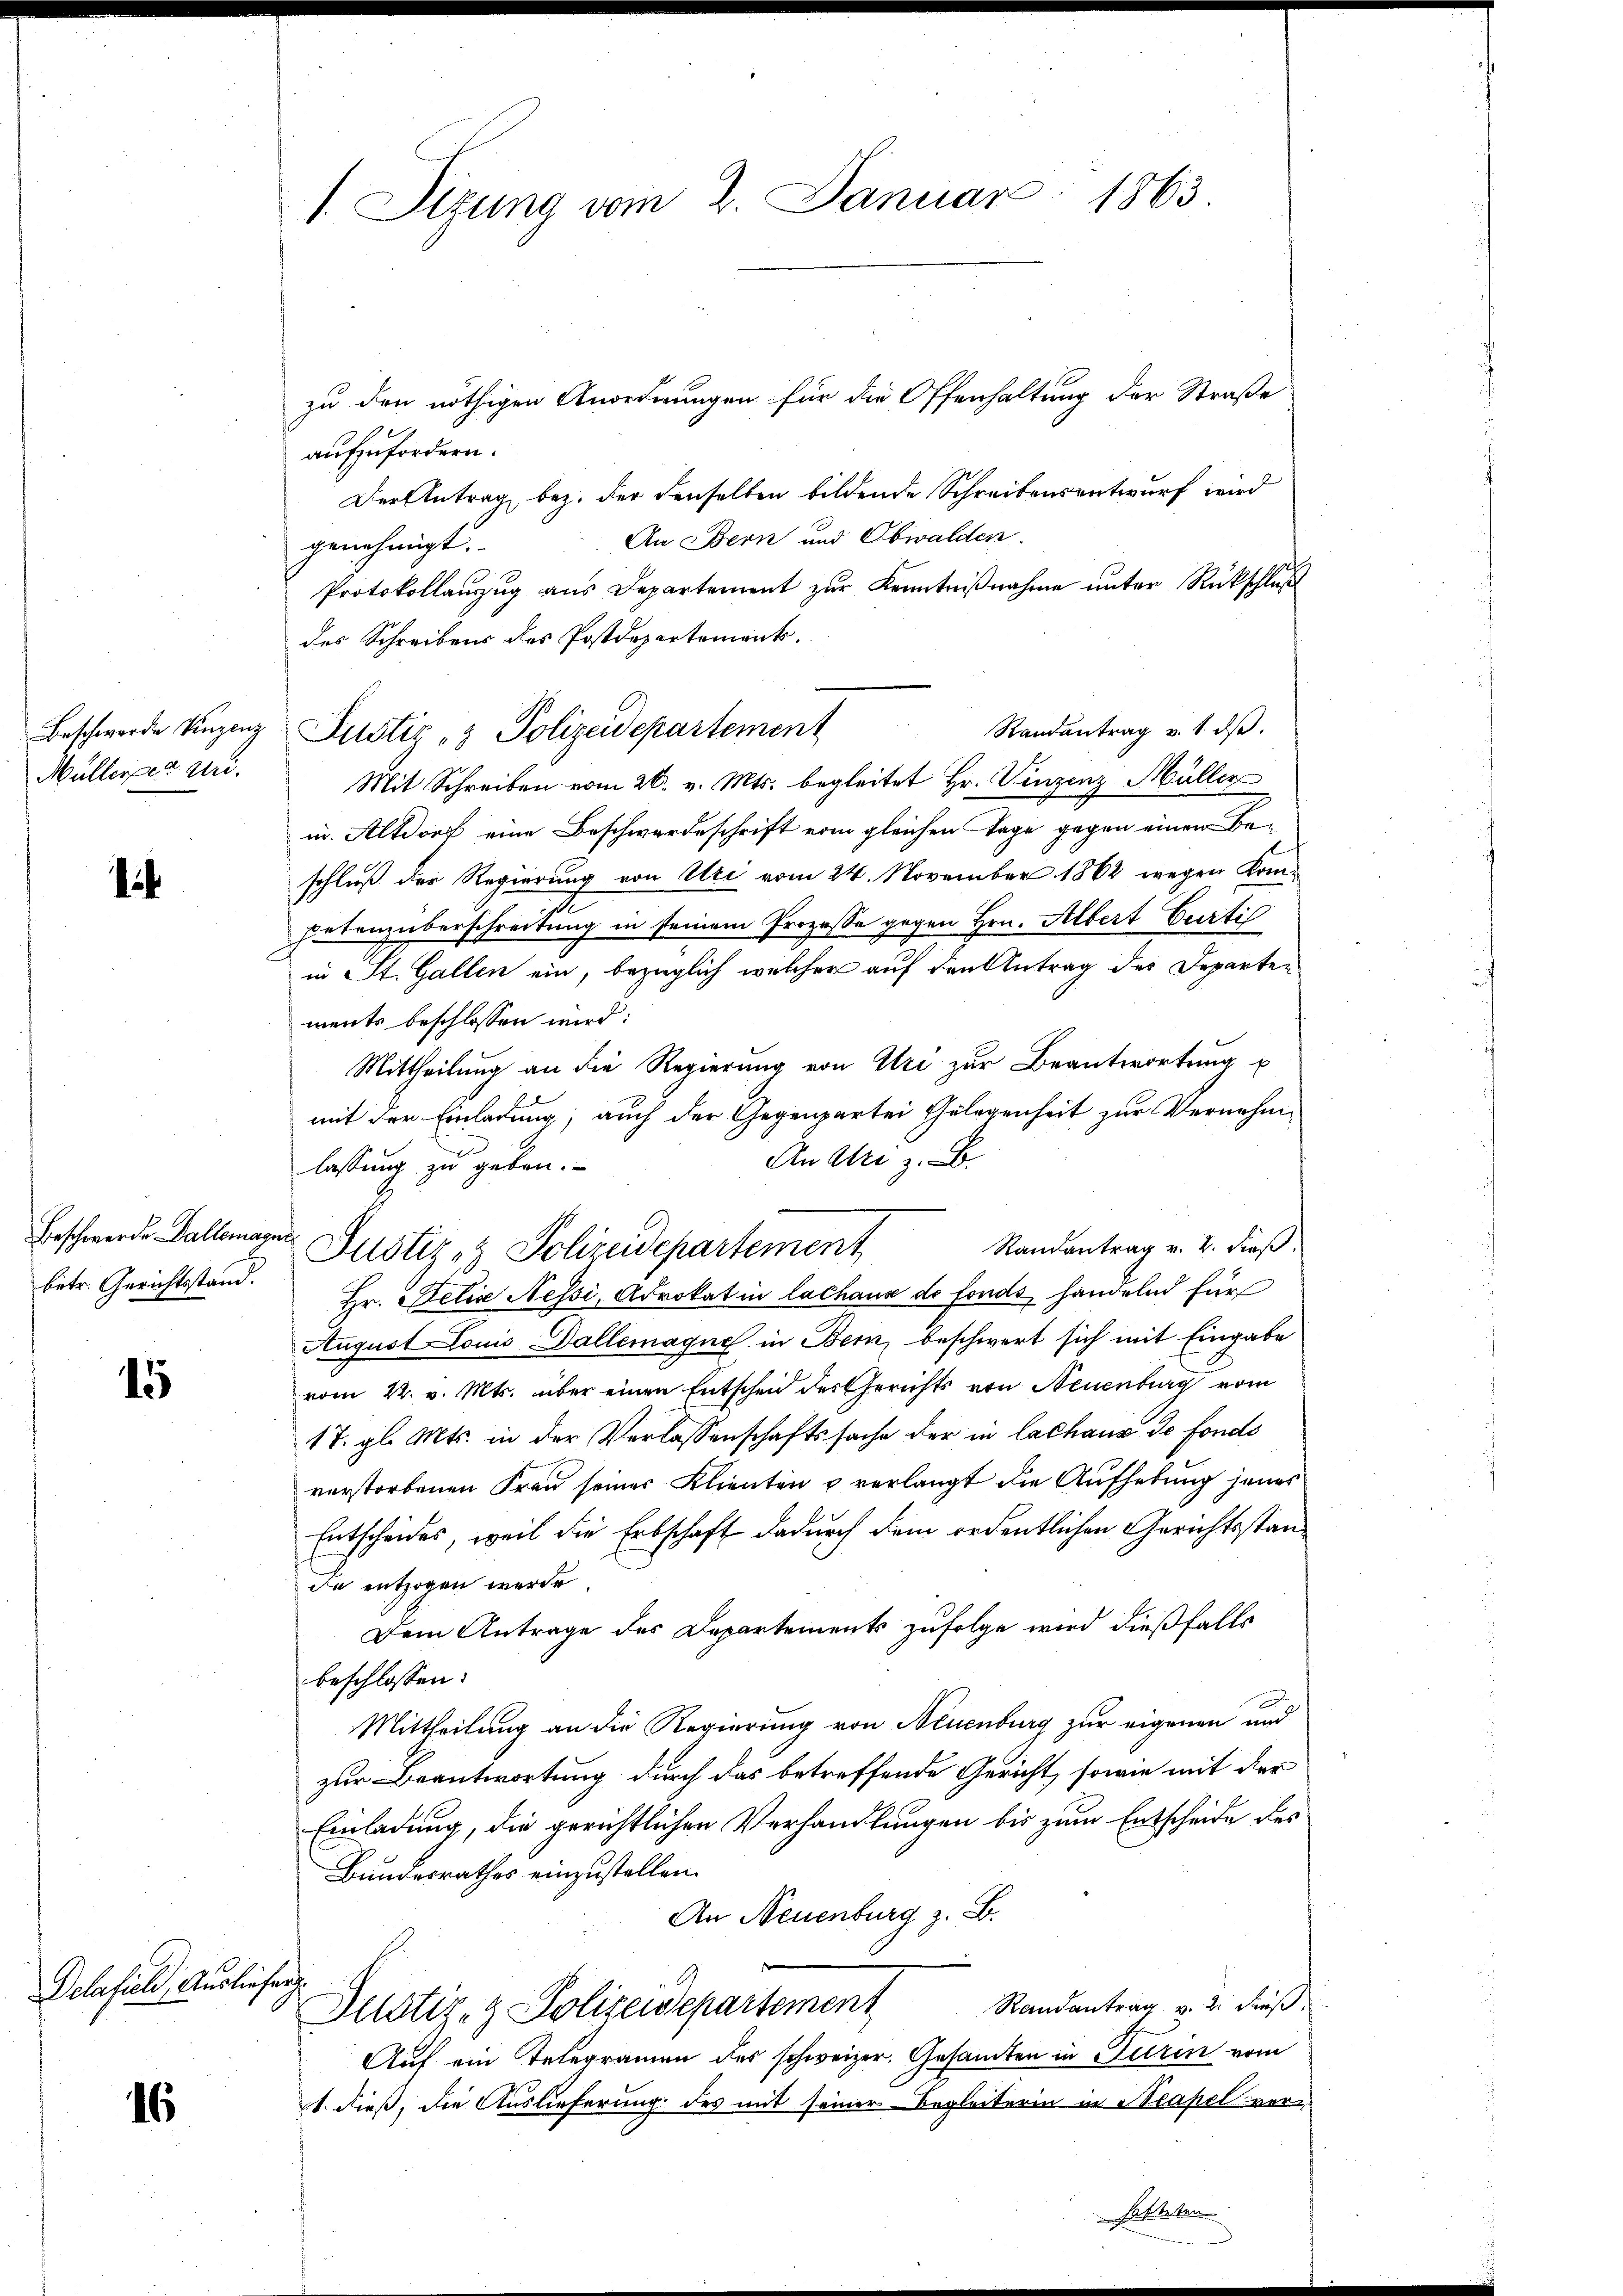
Beschwerde Vinzenz
Müllerer uri¬

1

Beschwerde allemagni
betr. Gerichtsstand.

15

Delafiel, Auslie

16

1. Sizung vom 2. Januar 1863.

zu den nöthigen Anordnungen für die Offenhaltung der Straße
aufzufordern.
Der Antrag bez. der denselben bildende Schreibensentwurf wird
An Bern und Obwalden.
genehmigt.
Protokollauszug aus Departement zur Kenntnißnahme unter Rückschluß
des Schreibens des Postdepartement.
Randantrag v. 1. dβ.
Mit Schreiben vom 26. v. Mts. begleitet Hr. Vinzenz Müller
in Altdorf eine Beschwerdeschrift vom gleichen Tage gegen einem Beschluß der Regierung von Uri vom 24. November 1862 wegen Kompetenzüberschreitung in seinem Prozesse gegen Hrn. Albert Curtil
in St. Gallen ein, bezüglich welcher auf den Antrag des Departen
ments beschlossen wird:
Mittheilung an die Regierung von Uri zur Beantwortung u
mit der Einladung, auch der Gegenpartei Gelegenheit zur Vernehm¬
An Art z. B.
lassung zu geben.
Randantrag v. 2. dieß
Hr. Felix Nessi, Advokat in lachaus de fonds handelnd für
August Louis Dallemagne in Bern, beschwert sich mit Eingabe
vom 22. v. Mts. über einen Entscheid der Gerichts von Neuenburg vom
17. gl. Mts. in der Verlassenschaftssache der in lachaus de fonds
verstorbenen Frau seiner Klienten u verlangt die Aufhebung jenes
Entscheides, weil die Erbschaft dadurch dem ordentlichen Gerichtsstanda entzogen werde
Dem Antrage des Departements zufolge wird dießfalls
beschlossen:
Mittheilung an die Regierung von Neuenburg zur eigenen und
zur Beantwortung durch das betreffende Gericht, sowie mit der
Einladung, die gerichtlichen Verhandlungen bis zum Entscheide des
Bundesrathes einzustellen.
An Neuenburg z. B.
sache

Randantrag v. 2. dieß
Justiz- & Polizeissepartement
Auf ein Telegramen des schweizer. Gesamten in Turin vom
1. dieß, die Auslieferung des mit seiner Begleiterin in Neapel ver¬
Hatteten

Justiz- & Polizeidepartement

Justiz & Polizeidepartement